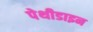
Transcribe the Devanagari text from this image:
पेथीडाइन